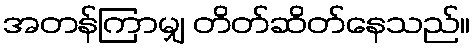
အတန်ကြာမျှ တိတ်ဆိတ်နေသည်။